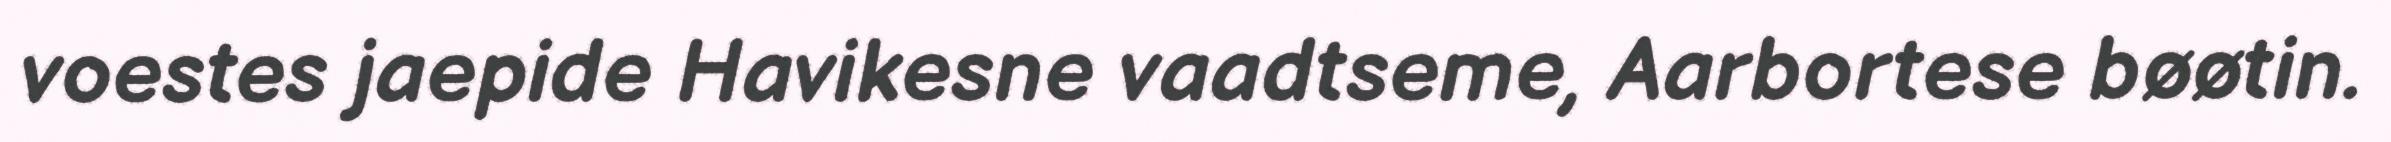
voestes jaepide Havikesne vaadtseme, Aarbortese bøøtin.